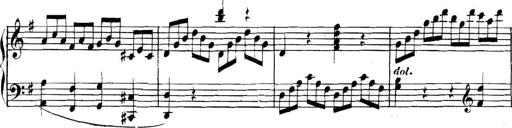
Title: Collected Piano Sonatas
Composer: Muzio Clementi